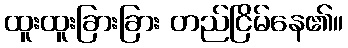
ထူးထူးခြားခြား တည်ငြိမ်နေ၏။